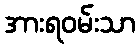
အားရဝမ်းသာ